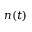
n ( t )